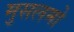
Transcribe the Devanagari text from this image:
मुसलमो